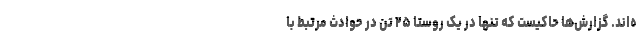
ه‌اند. گزارش‌ها حاکیست که تنها در یک روستا ۲۵ تن در حوادث مرتبط با